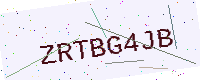
Text: ZRTBG4JB